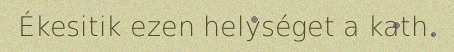
Ékesitik ezen helységet a kath.